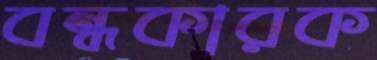
বন্ধকারক